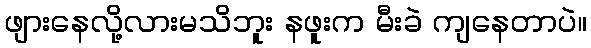
ဖျားနေလို့လားမသိဘူး နဖူးက မီးခဲ ကျနေတာပဲ။